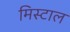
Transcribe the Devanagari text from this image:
मिस्टाल